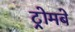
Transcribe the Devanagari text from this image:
ट्रोमबे